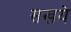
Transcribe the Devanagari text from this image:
सखये